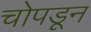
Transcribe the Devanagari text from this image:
चोपडून